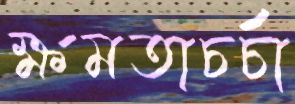
ক্ষমতাচর্চা